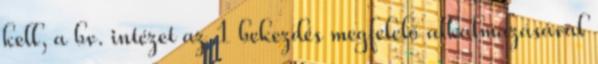
kell, a bv. intézet az 1 bekezdés megfelelő alkalmazásával